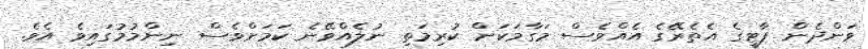
ވަންދެން ޕާޓީގެ އެތެރޭގެ އެއްވެސް މަގާމަކަށް ކުރިމަތި ނުލެއްވޭނެ ކަމަށްވެސް ނިންމުމުގައިވެ އެވެ.